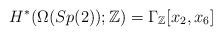
LaTeX: \begin{align*}H^*(\Omega(Sp(2));\mathbb{Z})=\Gamma_{\mathbb{Z}}[x_2,x_6]\end{align*}